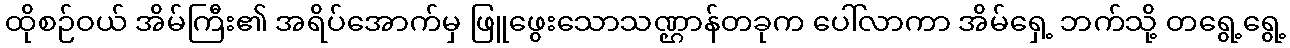
ထိုစဉ်ဝယ် အိမ်ကြီး၏ အရိပ်အောက်မှ ဖြူဖွေးသောသဏ္ဌာန်တခုက ပေါ်လာကာ အိမ်ရှေ့ ဘက်သို့ တရွေ့ရွေ့